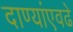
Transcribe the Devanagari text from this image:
दाण्यांएवढे